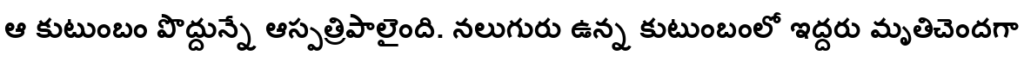
ఆ కుటుంబం పొద్దున్నే ఆస్పత్రిపాలైంది. నలుగురు ఉన్న కుటుంబంలో ఇద్దరు మృతిచెందగా